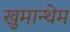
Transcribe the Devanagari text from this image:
खुमान्थेम